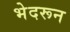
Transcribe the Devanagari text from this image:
भेदरून